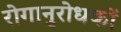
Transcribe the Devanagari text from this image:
रोगानुरोधकों